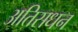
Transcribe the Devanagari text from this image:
अतिसधन